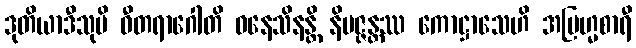
ဒုတိယာဒီသုပိ ဝီတရာဂေါတိ ဓနေသိနန္တိ နိပဇ္ဇန္တဿ ကောဋ္ဌာသေဟိ အဗြဟ္မစာရီ